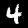
Digit: 4